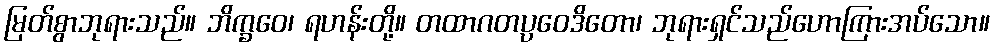
မြတ်စွာဘုရားသည်။ ဘိက္ခဝေ၊ ရဟန်းတို့။ တထာဂတပ္ပဝေဒိတော၊ ဘုရားရှင်သည်ဟောကြားအပ်သော။